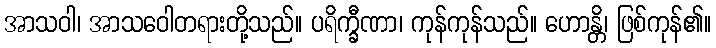
အာသဝါ၊ အာသဝေါတရားတို့သည်။ ပရိက္ခီဏာ၊ ကုန်ကုန်သည်။ ဟောန္တိ၊ ဖြစ်ကုန်၏။